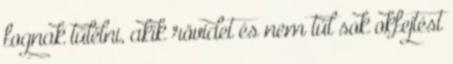
fognak túlélni, akik rövidet és nem túl sok okfejtést